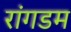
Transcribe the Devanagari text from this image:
रांगडम